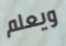
ويعلم